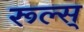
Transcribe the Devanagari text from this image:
रूल्स्